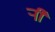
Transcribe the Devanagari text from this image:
र्‍ाी